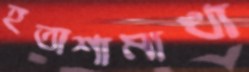
হতাশামাখা